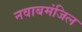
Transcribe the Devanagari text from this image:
नवाबमंजिल